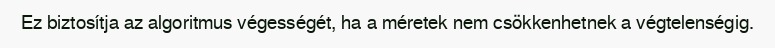
Ez biztosítja az algoritmus végességét, ha a méretek nem csökkenhetnek a végtelenségig.